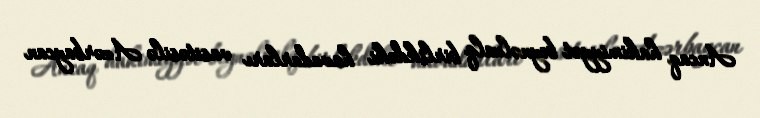
Ancaq hakimiyyət beynəlxalq birlikdəki havadarları vasitəsilə Azərbaycan